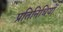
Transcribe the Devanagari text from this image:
प्रतिनिधियों